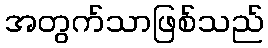
အတွက်သာဖြစ်သည်